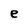
Character: e